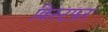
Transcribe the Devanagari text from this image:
क्रिस्टफ़र